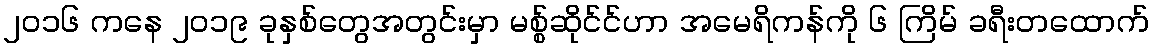
၂၀၁၆ ကနေ ၂၀၁၉ ခုနှစ်တွေအတွင်းမှာ မစ္စ်ဆိုင်င်ဟာ အမေရိကန်ကို ၆ ကြိမ် ခရီးတထောက်